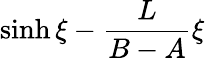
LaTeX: \sinh\xi-\frac{L}{B-A}\xi